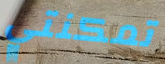
تمكنتي